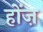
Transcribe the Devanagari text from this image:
होंज़